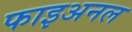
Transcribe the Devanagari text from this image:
फाइअनल